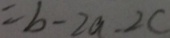
= b - 2 a - 2 c